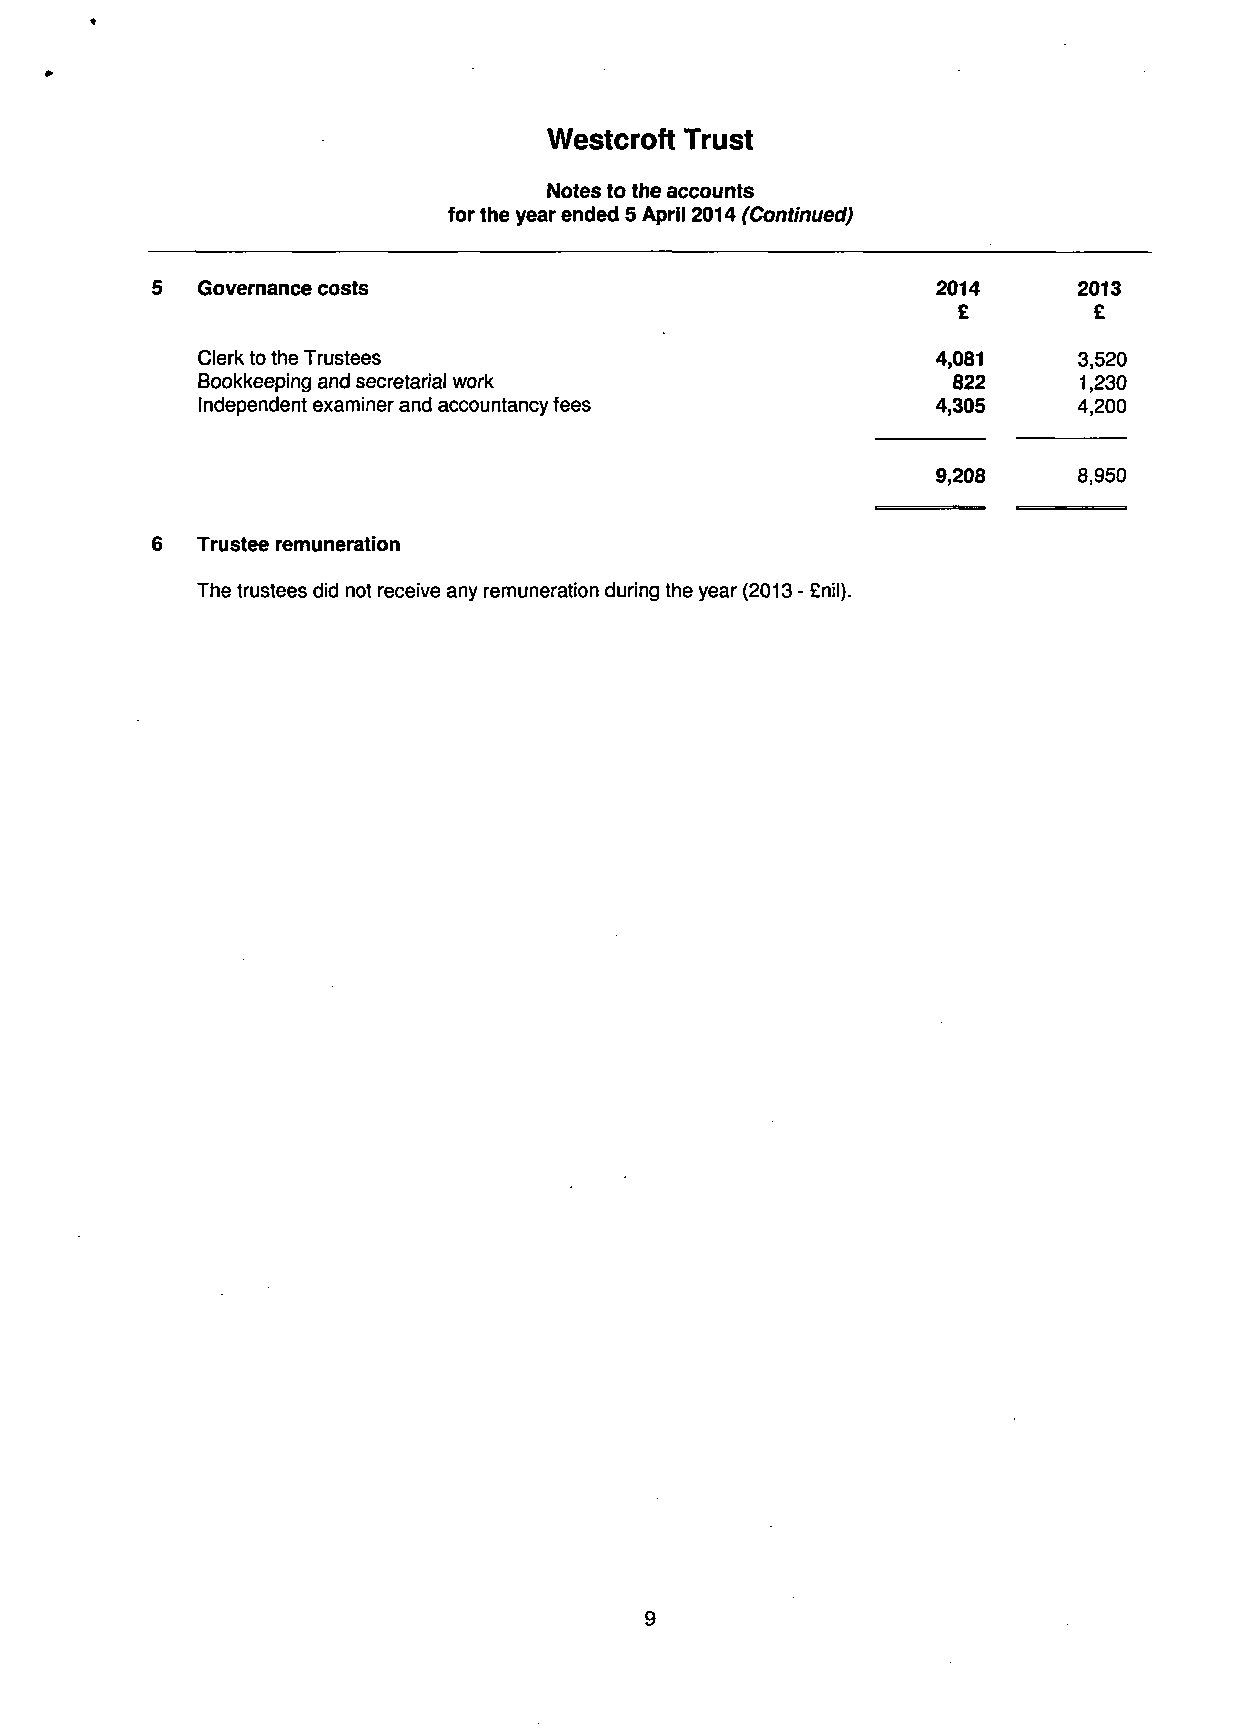
Westcroft Trust
 Notes to the accounts
 for the year ended 5 April 2014 (Continued)
 5  Governance costs                                 2014     2013
 £        £
 Clerk to the Trustees                            4,081     3,520
 Bookkeeping and secretarial work                  822      1,230
 Independent examiner and accountancy fees        4,305     4,200
 9,208    8,950
 6  Trustee remuneration
 The trustees did not receive any remuneration during the year (2013 - £nil).
 9